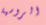
الروسية